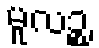
မူလဉ္စ